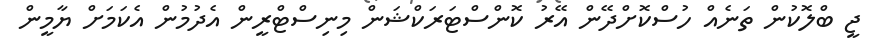
ޖީ ބްލޮކުން ތަނެއް ހުސްކޮށްދޭން އޭރު ކޮންސްޓަރަކްޝަން މިނިސްޓްރީން އެދުމުން އެކަމަށް ޔާމީން